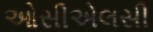
ઓસીએલસી